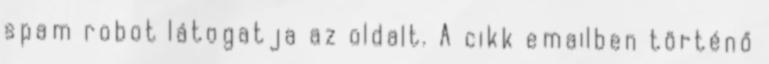
spam robot látogatja az oldalt. A cikk emailben történő